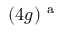
( 4 g ) ^ { \mathrm { ~ a ~ } }